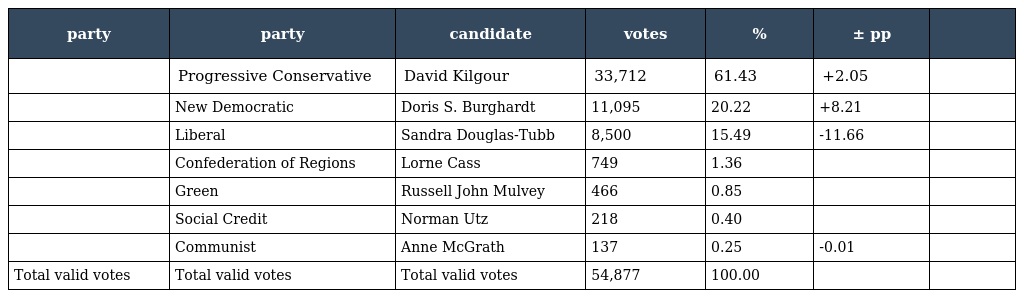
| party | party | candidate | votes | % | ± pp |  |
 | --- | --- | --- | --- | --- | --- | --- |
 |  | Progressive Conservative | David Kilgour | 33,712 | 61.43 | +2.05 |  |
 |  | New Democratic | Doris S. Burghardt | 11,095 | 20.22 | +8.21 |  |
 |  | Liberal | Sandra Douglas-Tubb | 8,500 | 15.49 | -11.66 |  |
 |  | Confederation of Regions | Lorne Cass | 749 | 1.36 |  |  |
 |  | Green | Russell John Mulvey | 466 | 0.85 |  |  |
 |  | Social Credit | Norman Utz | 218 | 0.40 |  |  |
 |  | Communist | Anne McGrath | 137 | 0.25 | -0.01 |  |
 | Total valid votes | Total valid votes | Total valid votes | 54,877 | 100.00 |  |  |